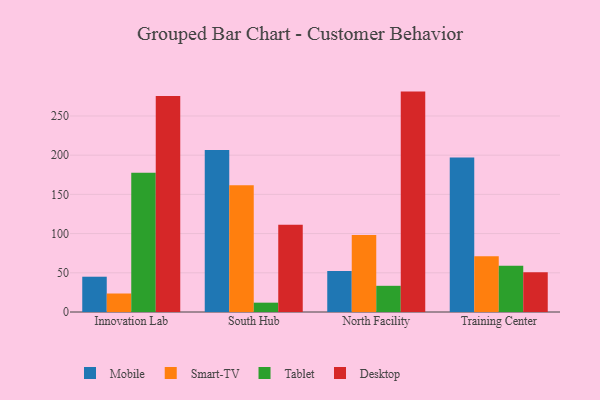
{"axis": {"x": "Campus", "y": "Humidity (%)"}, "legend": ["Desktop", "Mobile", "Smart-TV", "Tablet"], "data": [{"x": "Innovation Lab", "y": 45.0, "type": "Mobile"}, {"x": "Innovation Lab", "y": 23.6, "type": "Smart-TV"}, {"x": "Innovation Lab", "y": 177.6, "type": "Tablet"}, {"x": "Innovation Lab", "y": 275.6, "type": "Desktop"}, {"x": "South Hub", "y": 206.6, "type": "Mobile"}, {"x": "South Hub", "y": 161.6, "type": "Smart-TV"}, {"x": "South Hub", "y": 11.9, "type": "Tablet"}, {"x": "South Hub", "y": 111.3, "type": "Desktop"}, {"x": "North Facility", "y": 52.4, "type": "Mobile"}, {"x": "North Facility", "y": 98.2, "type": "Smart-TV"}, {"x": "North Facility", "y": 33.4, "type": "Tablet"}, {"x": "North Facility", "y": 281.1, "type": "Desktop"}, {"x": "Training Center", "y": 196.9, "type": "Mobile"}, {"x": "Training Center", "y": 71.0, "type": "Smart-TV"}, {"x": "Training Center", "y": 58.9, "type": "Tablet"}, {"x": "Training Center", "y": 50.7, "type": "Desktop"}]}